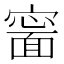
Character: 𡫍